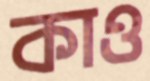
কাও